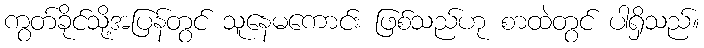
ကွတ်ခိုင်သို့အပြန်တွင် သူနေမကောင်း ဖြစ်သည်ဟု စာထဲတွင် ပါရှိသည်။